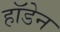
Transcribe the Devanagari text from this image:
हॉडेन